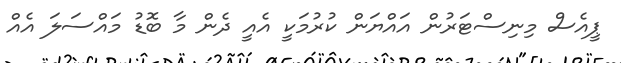
ޕީއެސް މިނިސްޓަރުން އައްޔަން ކުރުމަކީ އެއީ ދެން މާ ބޮޑު މައްސަލަ އެއް